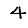
Digit: 4